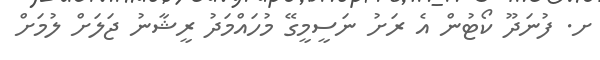
ށ. ފުނަދޫ ކޯޓުން އެ ރަށު ނަސީމީގޭ މުހައްމަދު ރީޝާނު ޖަލަށް ލުމަށް